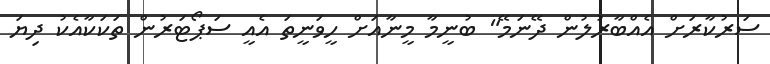
ސަރުކާރަށް އެއްބާރުލުން ދޭނަމޭ" ބުނީމާ މީނާއަށް ހީވަނީތަ އެއީ ސަޕޯޓަރުން ތަކަކާއެކު ދިޔަ